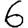
Digit: 6